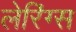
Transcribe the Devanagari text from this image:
लेरिंग्स